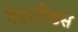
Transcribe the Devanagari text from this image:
नेदरलैंडस